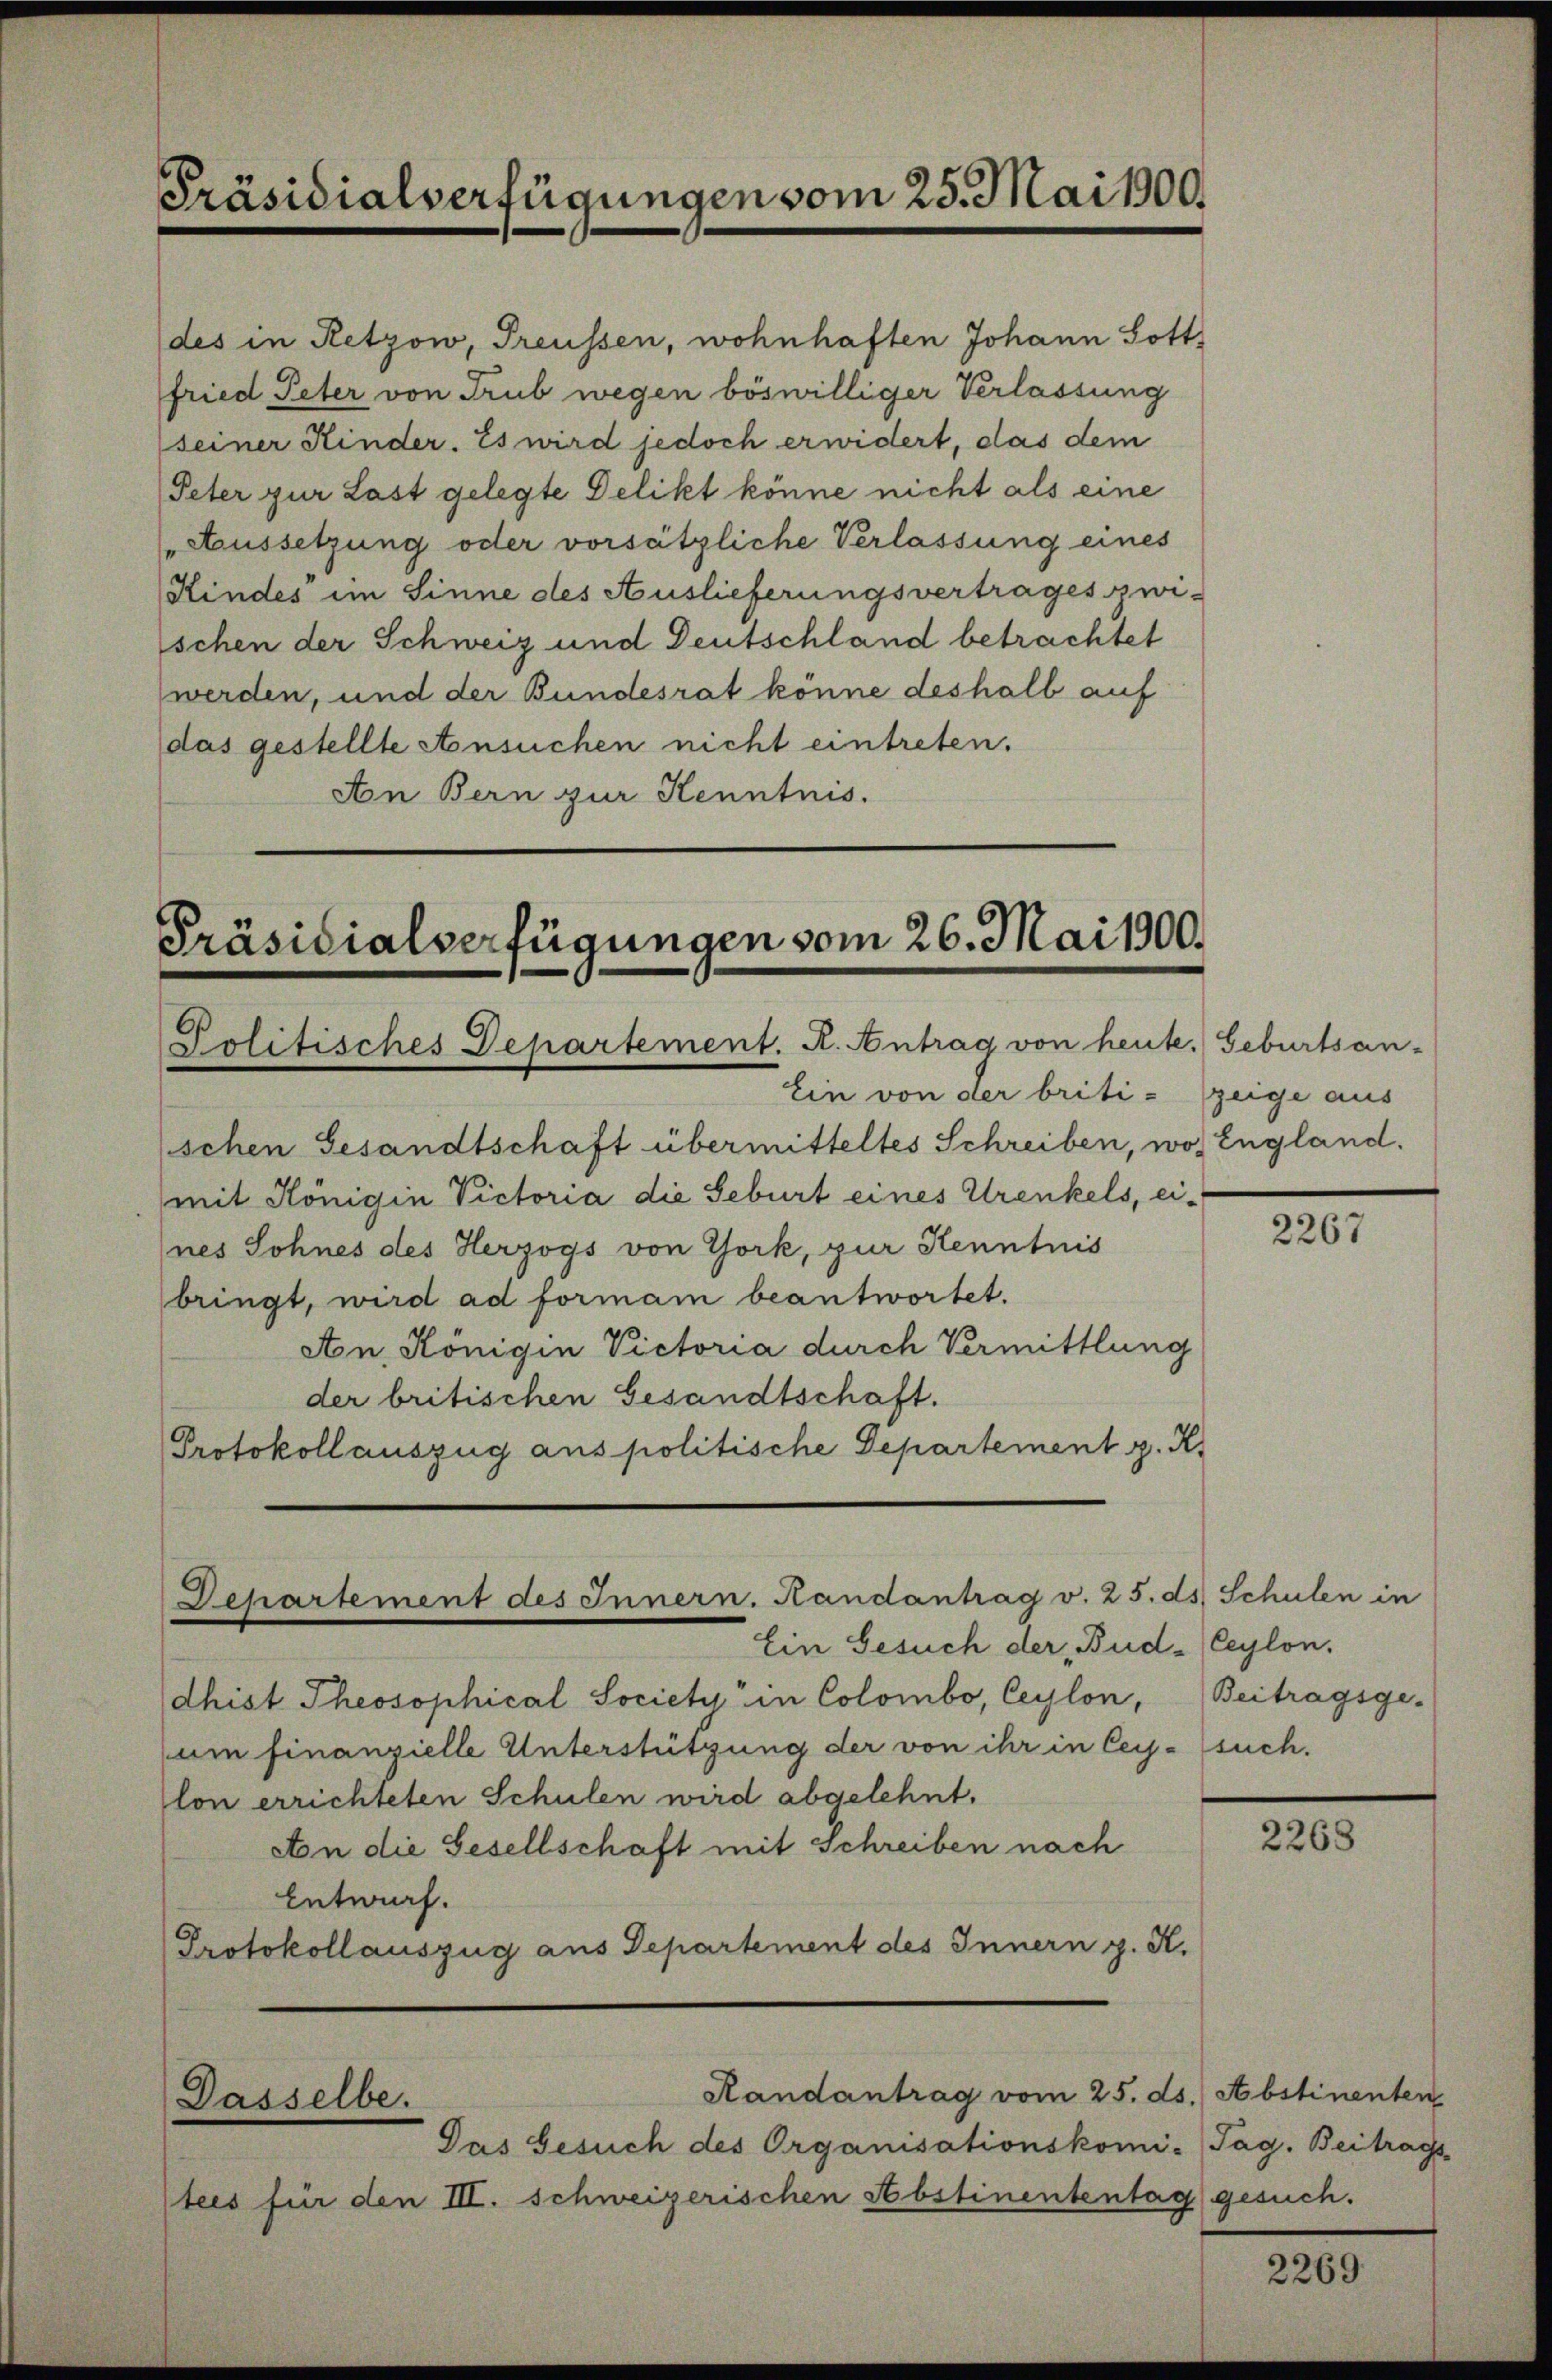
Präsidialverfügungen vom 25. Mai 1900.

des in Retzow, Treussen, wohnhaften Johann Lott
fried Peter von Trub wegen böswilliger Verlassung
seiner Kinder. Es wird jedoch erwidert, das dem
Peter zur Last gelegte Delikt könne nicht als eine
Aussetzung oder vorsätzliche Verlassung eines
Kindes im Sinne des Auslieferungsvertrages zwi-
schen der Schweiz und Deutschland betrachtet
werden, und der Bundesrat könne deshalb auf
das gestellte Ansuchen nicht eintreten.
An Bern zur Kenntnis.

Präsidialverfügungen vom 26. Mai 1900.
Politisches Departement. K. Antrag von heute. Geburtsan-

Ein von der briti- zeige aus
schen Gesandtschaft übermitteltes Schreiben, wo England.
mit Königin Victoria die Seburt eines Urenkels, ei-
nes Sohnes des Herzogs von York, zur Kenntnis
bringt, wird ad formam beantwortet.
An Königin Victoria durch Vermittlung
der britischen Gesandtschaft.
Protokoll auszug aus politische Departement z. R.

Departement des Innern. Handantrag v. 25. ds. Schulen in

Dasselbe.

Ein Gesuch der Bud-Ceylon.
dhist Theosophical Societa in Colombo, Ceylon,
um finanzielle Unterstützung der von ihr in Cey-such.
lon errichteten Schulen wird abgelehnt.
Aton die Gesellschaft mit Schreiben nach
Entwurf.
Protokollauszug aus Departement des Innern p. K.

Das Gesuch des Organisationskomi-Tag. Beitrags
tees für den III. schweizerischen Abstinententag gesuch.

Randantrag vom 25. ds. Abstinenten

2267

Beitragsge-

2268

2269.